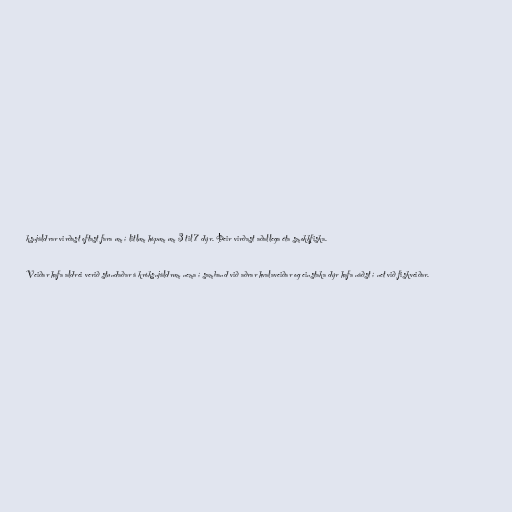
ksnjáldrar virðast oftast fara um í litlum hópum um 3 til 7 dýr. Þeir virðast aðallega éta smokkfiska.

Veiðar hafa aldrei verið stundaðar á króksnjáldrum nema í samband við aðrar hvalaveiðar og einstaka dýr hafa náðst í net við fiskveiðar.